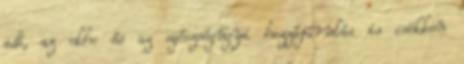
adó, az ekho és az egészségügyi hozzájárulás is csökken